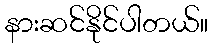
နားဆင်နိုင်ပါတယ်။